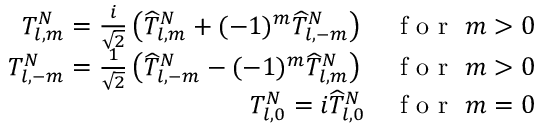
\begin{array} { r } { T _ { l , m } ^ { N } = \frac { i } { \sqrt { 2 } } \left( \widehat { T } _ { l , m } ^ { N } + ( - 1 ) ^ { m } \widehat { T } _ { l , - m } ^ { N } \right) \quad \mathrm { ~ f ~ o ~ r ~ } \, \, m > 0 } \\ { T _ { l , - m } ^ { N } = \frac { 1 } { \sqrt { 2 } } \left( \widehat { T } _ { l , - m } ^ { N } - ( - 1 ) ^ { m } \widehat { T } _ { l , m } ^ { N } \right) \quad \mathrm { ~ f ~ o ~ r ~ } \, \, m > 0 } \\ { T _ { l , 0 } ^ { N } = i \widehat { T } _ { l , 0 } ^ { N } \quad \mathrm { ~ f ~ o ~ r ~ } \, \, m = 0 } \end{array}